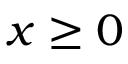
x \geq 0